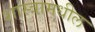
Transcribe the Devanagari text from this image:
शास्त्रामधील